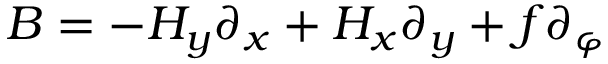
B = - H _ { y } \partial _ { x } + H _ { x } \partial _ { y } + f \partial _ { \varphi }